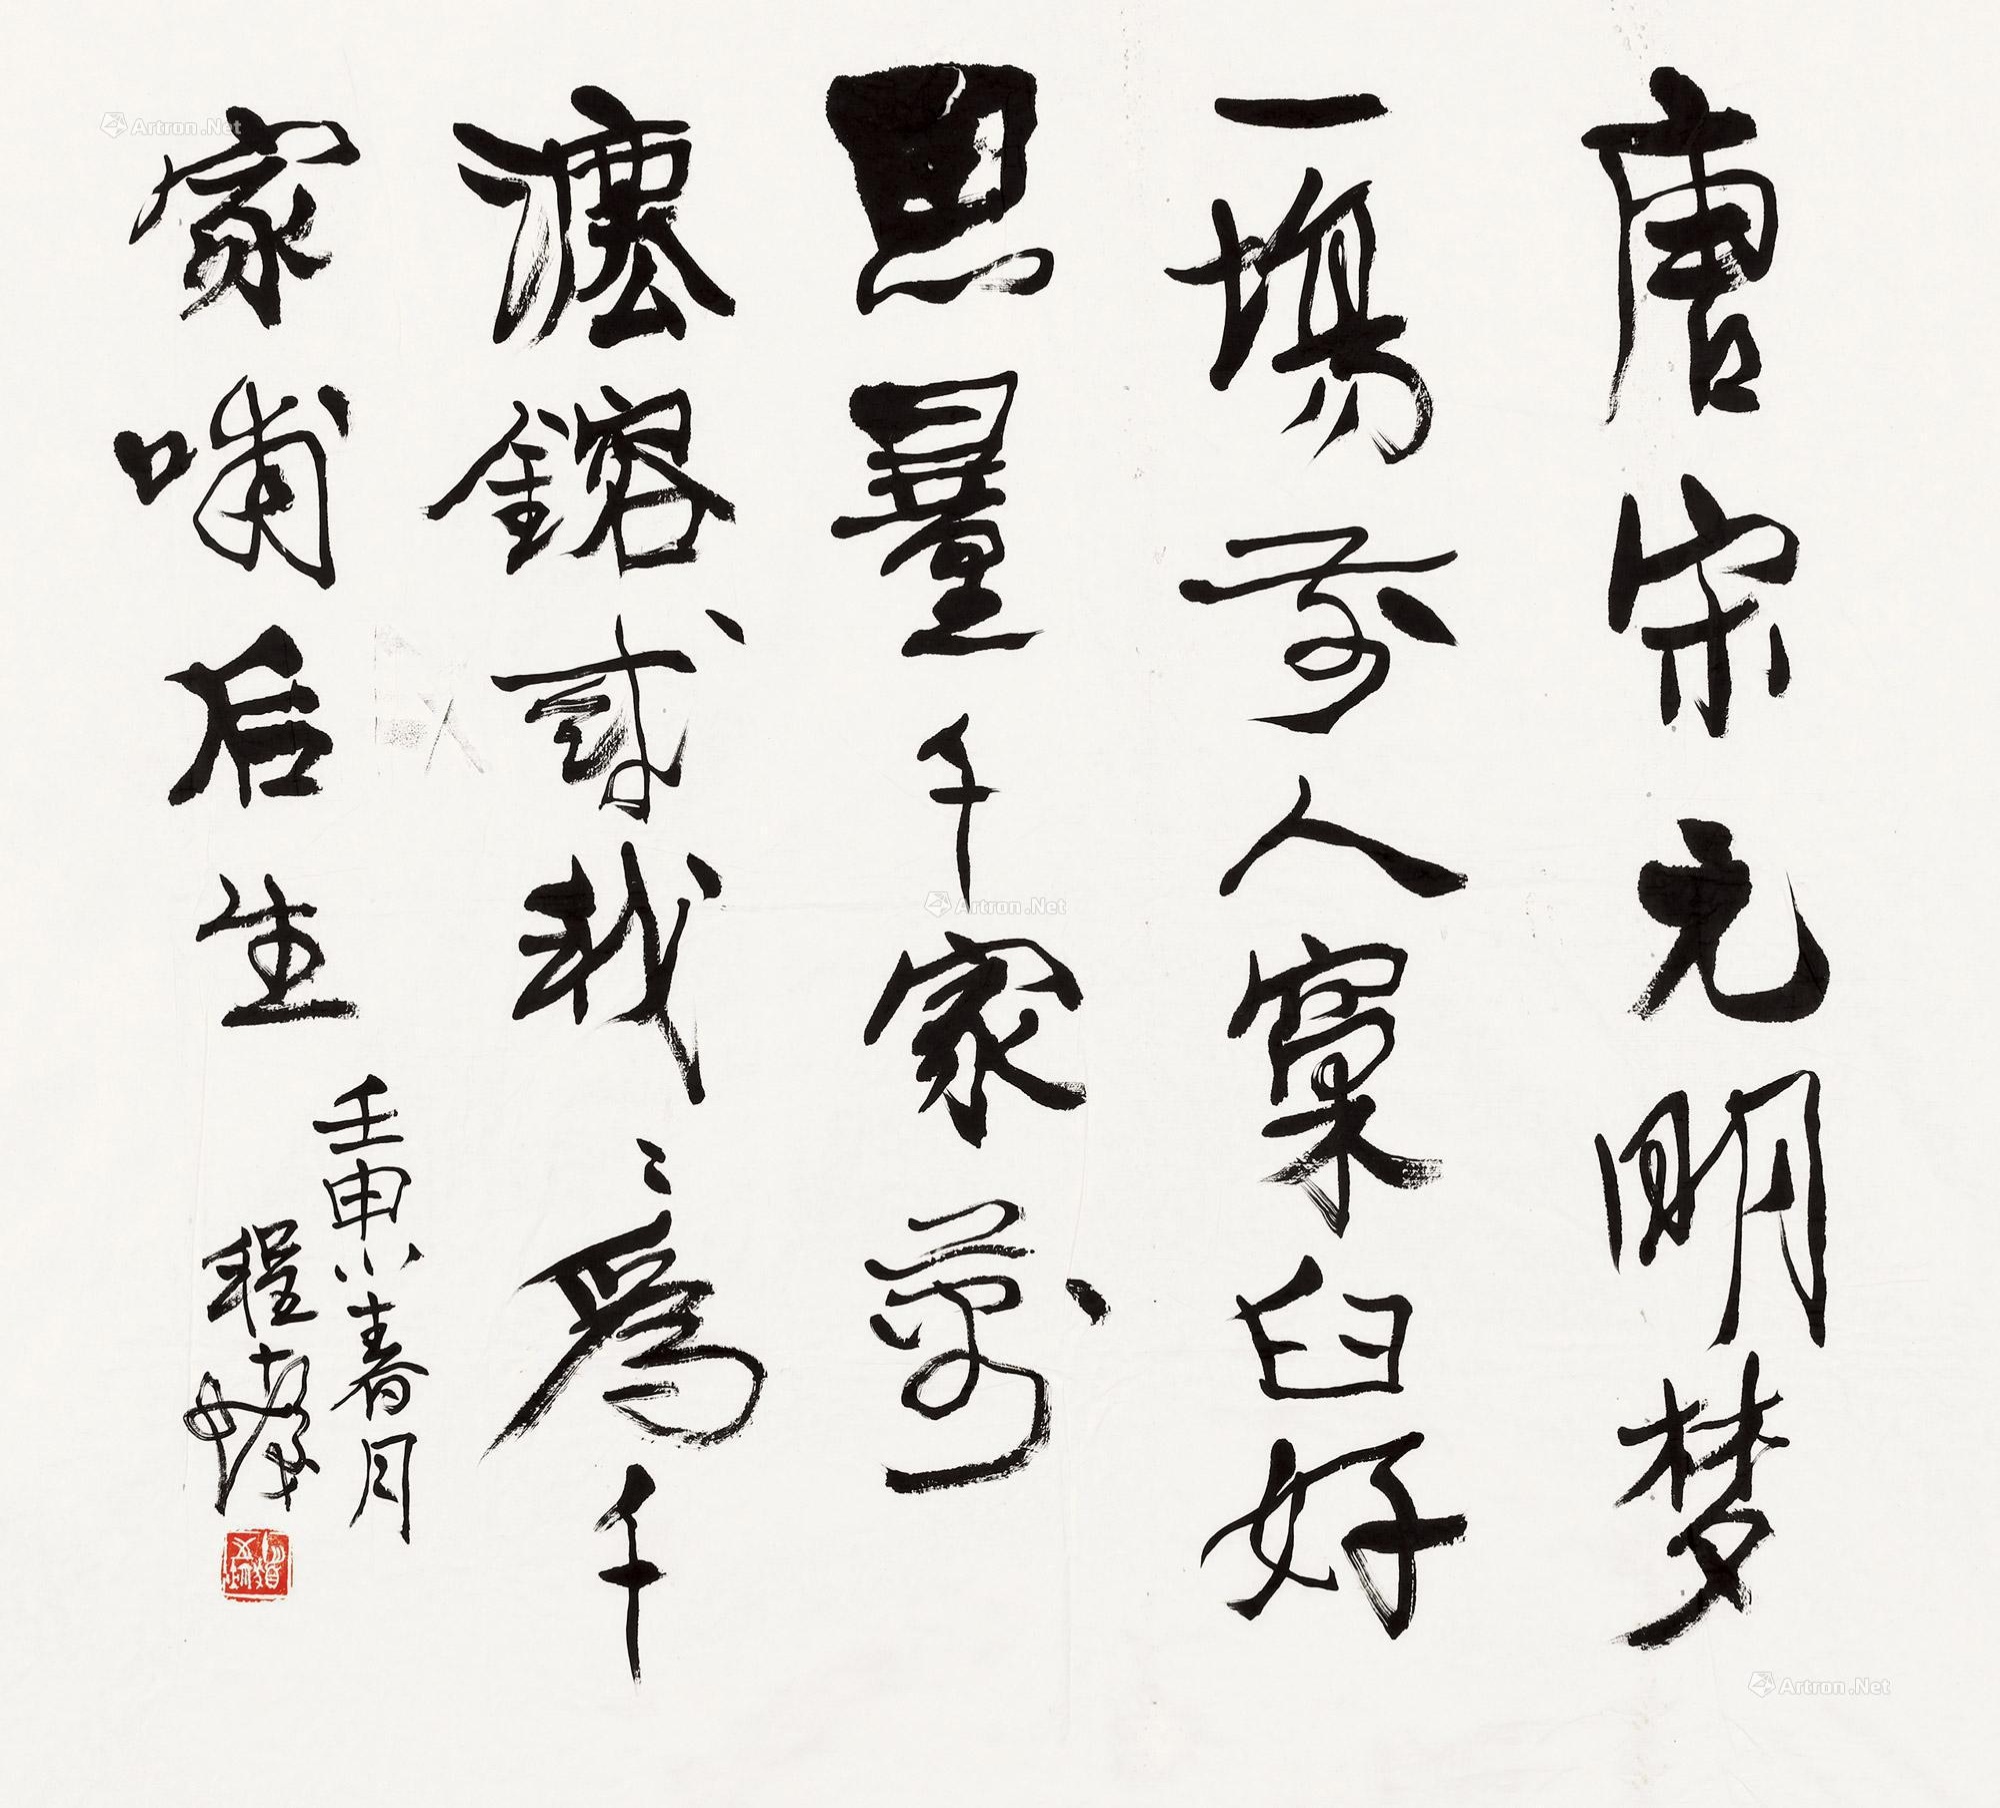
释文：唐宋元明梦一场，前人窠臼好思量。千家万法槠成我，我为千家哺后生。壬申小春月，程十发。